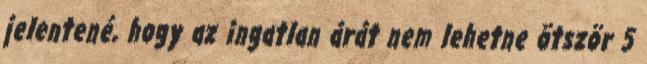
jelentené, hogy az ingatlan árát nem lehetne ötször 5